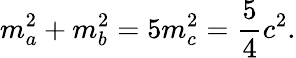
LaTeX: m_{a}^{2}+m_{b}^{2}=5m_{c}^{2}={\frac{5}{4}}c^{2}.